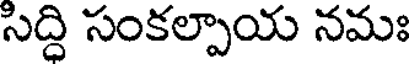
సిద్ధి సంకల్పాయ నమః